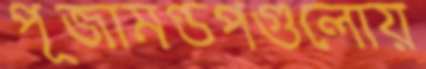
পূজামণ্ডপগুলোয়